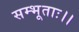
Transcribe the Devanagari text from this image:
सम्भूताः।।